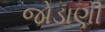
જોડાણી